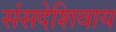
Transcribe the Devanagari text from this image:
संसदेशिवाय